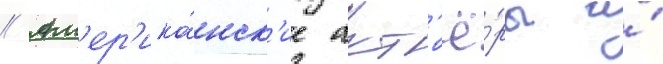
// Ам'ер'ика́нск'ие акт'ё́ры и́